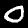
Digit: 0